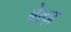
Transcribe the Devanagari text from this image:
बेल्ज़